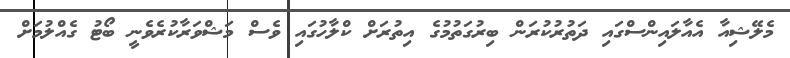
މެލޭޝިއާ އެއާލައިންސްގައި ދަތުރުކުރަން ބިރުގަތުމުގެ އިތުރަށް ކްލާހުގައި ވެސް މަޝްވަރާކުރެވެނީ ބޯޓު ގެއްލުމަށް